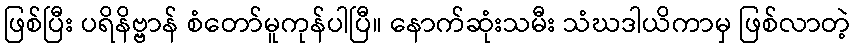
ဖြစ်ပြီး ပရိနိဗ္ဗာန် စံတော်မူကုန်ပါပြီ။ နောက်ဆုံးသမီး သံဃဒါယိကာမှ ဖြစ်လာတဲ့